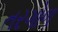
તરગોળ